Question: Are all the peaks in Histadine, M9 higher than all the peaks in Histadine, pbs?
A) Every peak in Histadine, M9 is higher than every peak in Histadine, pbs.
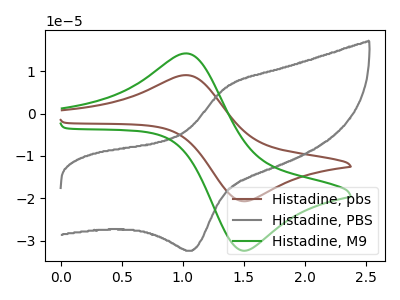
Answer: <think>The brown curve "Histadine, pbs" has an anodic peak at (1.00V, 9.10uA) and a cathodic peak at (1.55V, -20.65uA). The gray curve "Histadine, PBS" has an anodic peak at (1.35V, 6.15uA) and a cathodic peak at (1.10V, -32.40uA). The green curve "Histadine, M9" has an anodic peak at (1.00V, 14.20uA) and a cathodic peak at (1.55V, -32.30uA).</think>
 <answer>A) Every peak in "Histadine, M9" is higher than every peak in "Histadine, pbs".</answer>
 <eval>A</eval>